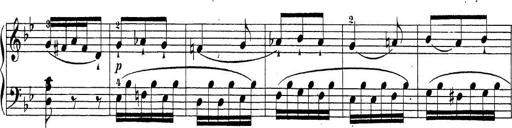
Title: Sonatina Album
Composer: Louis KÃ¶hler